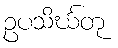
ဥပသိင်္ဃတု